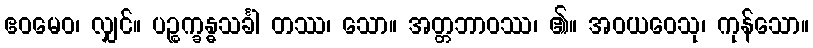
ဧဝမေဝ၊ လျှင်။ ပဉ္စက္ခန္ဓသင်္ခါ တဿ၊ သော။ အတ္တဘာဝဿ၊ ၏။ အဝယဝေသု၊ ကုန်သော။